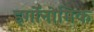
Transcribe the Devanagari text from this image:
इर्गोनोमिक